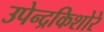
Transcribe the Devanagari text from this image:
उपेन्द्रकिशोरे